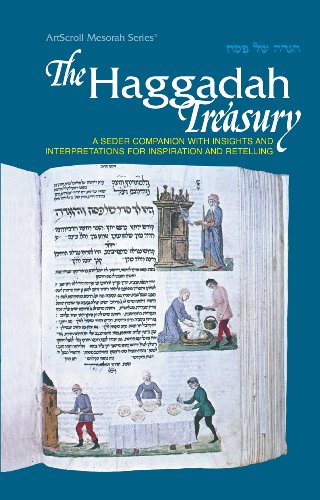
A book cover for The Haggadah Treasury: A seder companion with insights and interpretations for inspiration and retelling (ArtScroll mesorah series); Religion & Spirituality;